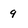
Character: 9